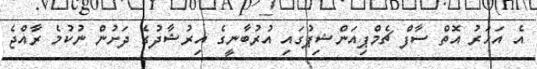
އެ އަހަރު އޮތް ސާފް ޗެމްޕިއަންޝިޕުގައި އުރުބާނީގެ އިރުޝާދުގެ ދަށުން ނުކުމެ ރާއްޖެ